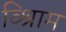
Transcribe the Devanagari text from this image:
व्श्रिाम